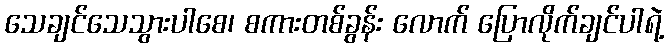
သေချင်သေသွားပါစေ၊ စကားတစ်ခွန်း လောက် ပြောလိုက်ချင်ပါရဲ့